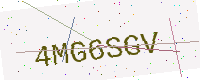
Text: 4MG6SGV